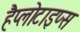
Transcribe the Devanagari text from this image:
हैप्लोटाइप्स